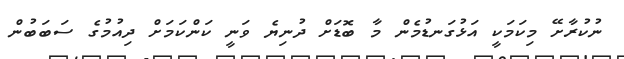
ނުކުރާށޭ މިކަމަކީ އަޅުގަނޑުމެން މާ ބޮޑަށް ދުނިޔެ ވަނީ ކަންކަމަށް ދިއުމުގެ ސަބަބުން